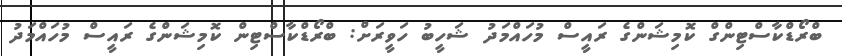
ބްރޯޑްކާސްޓިންގް ކޮމިޝަންގެ ރައީސް މުހައްމަދު ޝަހީބު ހަވީރަށް: ބްރޯޑްކާސްޓިން ކޮމިޝަންގެ ރައީސް މުހައްމަދު